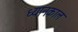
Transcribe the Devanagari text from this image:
ध्यानकाल